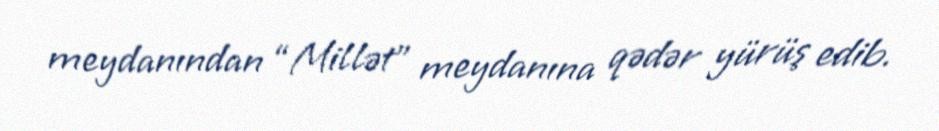
meydanından “Millət” meydanına qədər yürüş edib.